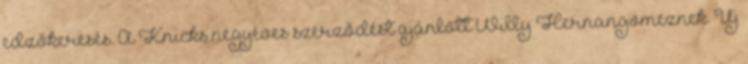
edzőkeresés. A Knicks négyéves szerződést ajánlott Willy Hernangomeznek. Új